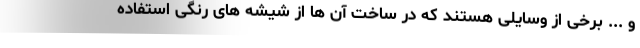
و ... برخی از وسایلی هستند که در ساخت آن ها از شیشه های رنگی استفاده